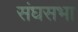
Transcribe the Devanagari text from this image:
संघसभा